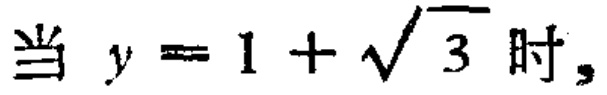
当 \(y = 1 + \sqrt{3}\) 时,